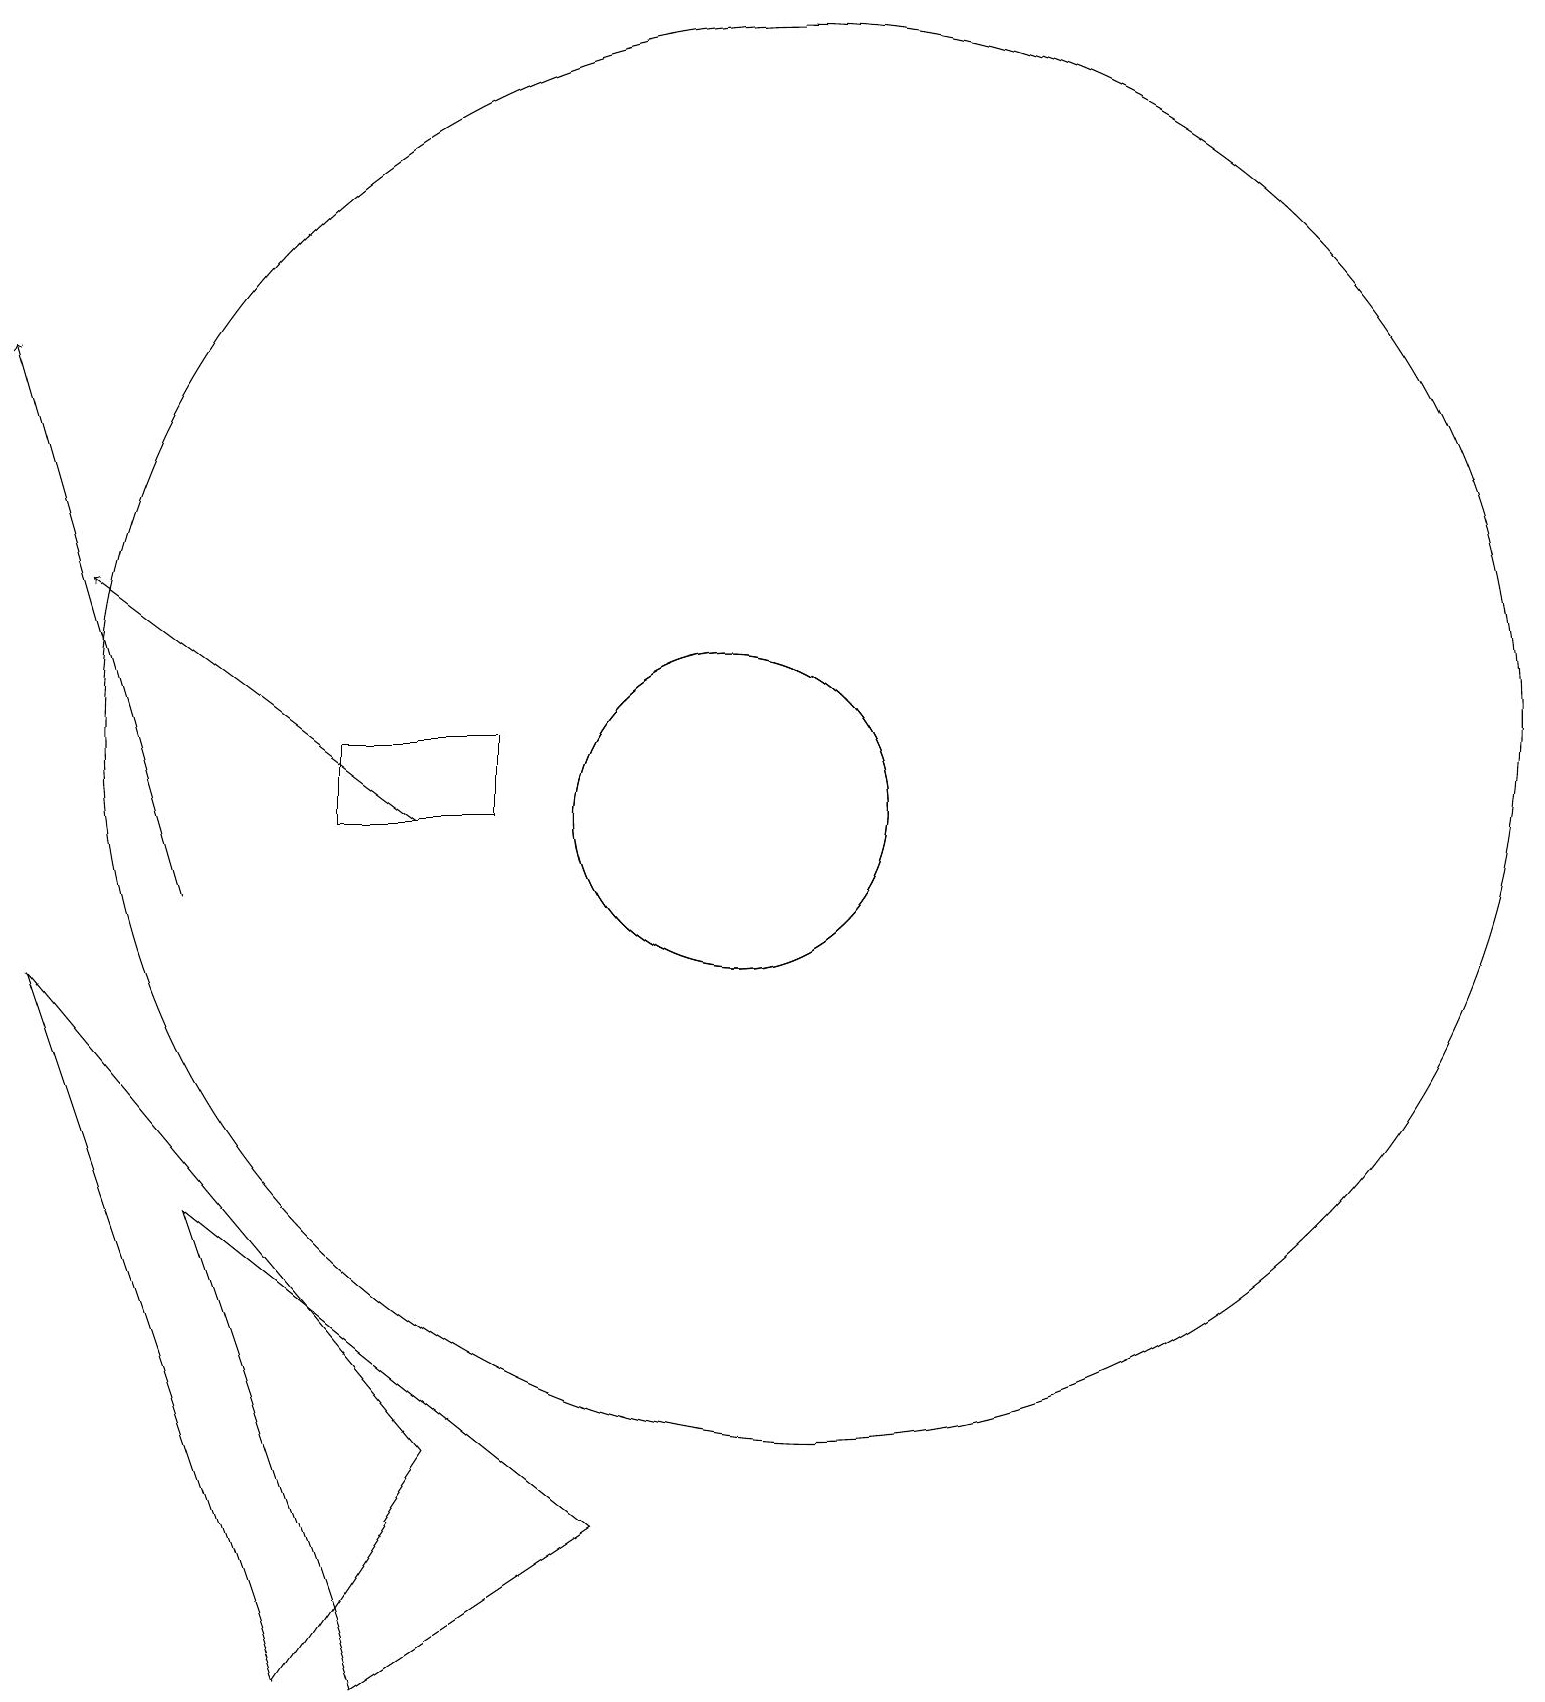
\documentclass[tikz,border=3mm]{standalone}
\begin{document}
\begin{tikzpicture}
\draw (11,11) circle (2);
\draw (7,3) -- (2,9) -- (5,0) -- cycle;
\draw (12,12) circle (9);
\draw[->] (7,11) -- (3,14);
\draw[->] (4,10) -- (2,17);
\draw (11,11) circle (2);
\draw (4,6) -- (6,0) -- (9,2) -- cycle;
\draw (6,11) rectangle (8,12);
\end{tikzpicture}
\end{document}